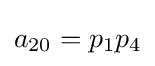
a_{20}=p_{1}p_{4}